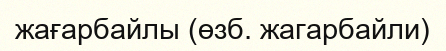
жағарбайлы (өзб. жагарбайли)